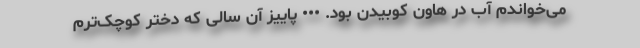
می‌خواندم آب در هاون کوبیدن بود. ••• پاییز آن سالی که دختر کوچک‌ترم